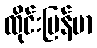
ထိုင်းမြန်မာ